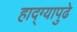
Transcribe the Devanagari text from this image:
हाद्ग्यापुढे